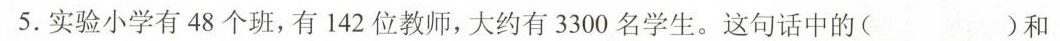
5.实验小学有48个班，有142位教师，大约有3300名学生。这句话中的( )和